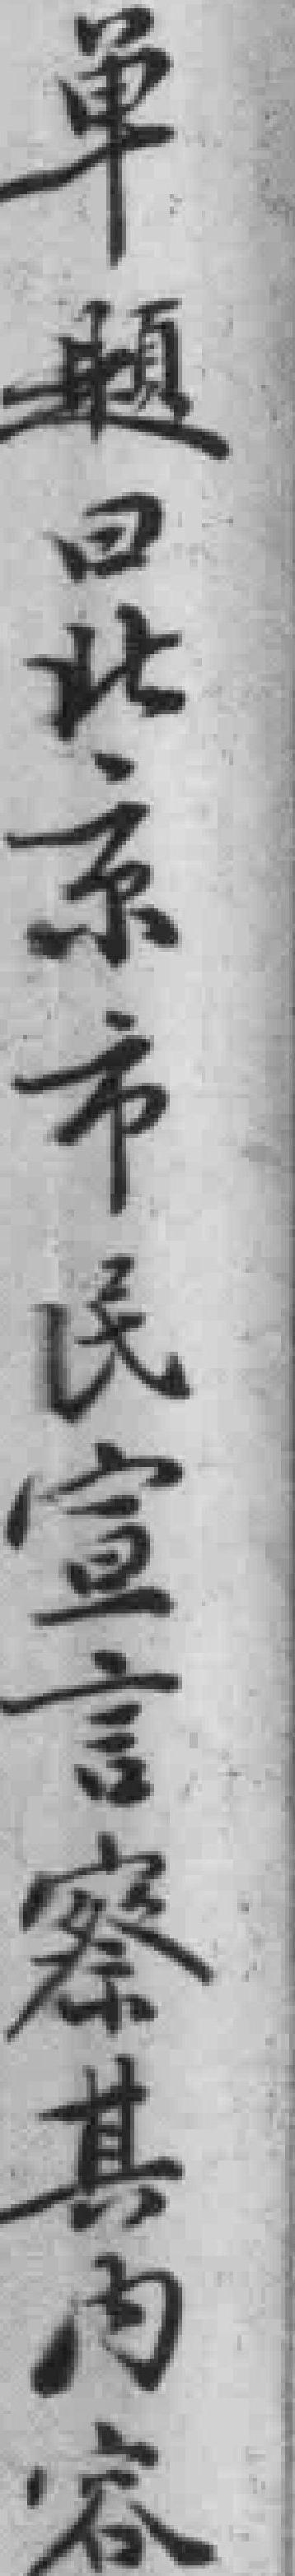
单题曰北京市民宣言察其内容